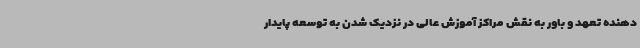
دهنده تعهد و باور به نقش مراکز آموزش عالی در نزدیک شدن به توسعه پایدار